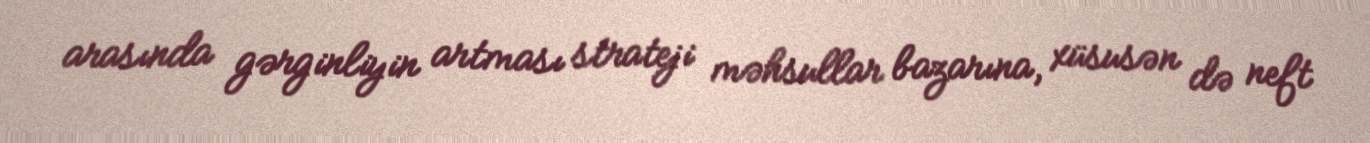
arasında gərginliyin artması strateji məhsullar bazarına, xüsusən də neft